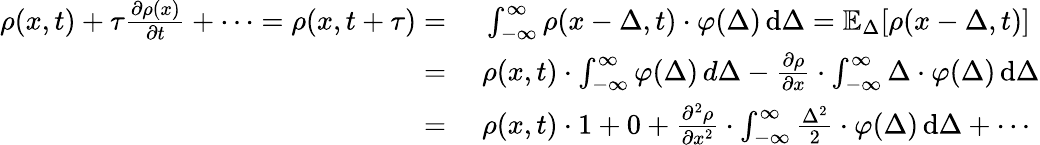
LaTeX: \begin{array}{rl}{\rho(x,t)+\tau{\frac{\partial\rho(x)}{\partial t}}+\cdots=\rho(x,t+\tau)={}}&{{}\int_{-\infty}^{\infty}\rho(x-\Delta,t)\cdot\varphi(\Delta)\, \mathrm{d}\Delta=\mathbb{E}_{\Delta}[\rho(x-\Delta,t)]}\\ {={}}&{{}\rho(x,t)\cdot\int_{-\infty}^{\infty}\varphi(\Delta)\, d\Delta-{\frac{\partial\rho}{\partial x}}\cdot\int_{-\infty}^{\infty}\Delta\cdot\varphi(\Delta)\, \mathrm{d}\Delta}\\ {={}}&{{}\rho(x,t)\cdot 1+0+{\frac{\partial^{2}\rho}{\partial x^{2}}}\cdot\int_{-\infty}^{\infty}{\frac{\Delta^{2}}{2}}\cdot\varphi(\Delta)\, \mathrm{d}\Delta+\cdots}\end{array}